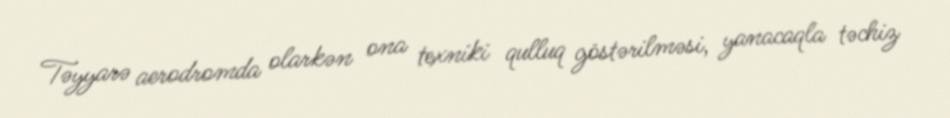
Təyyarə aerodromda olarkən ona texniki qulluq göstərilməsi, yanacaqla təchiz